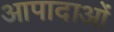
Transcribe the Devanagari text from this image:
आपादाओं